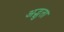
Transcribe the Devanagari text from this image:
अद्भुता